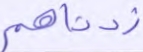
زدناهم